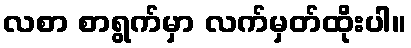
လစာ စာရွက်မှာ လက်မှတ်ထိုးပါ။